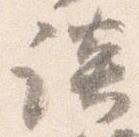
談